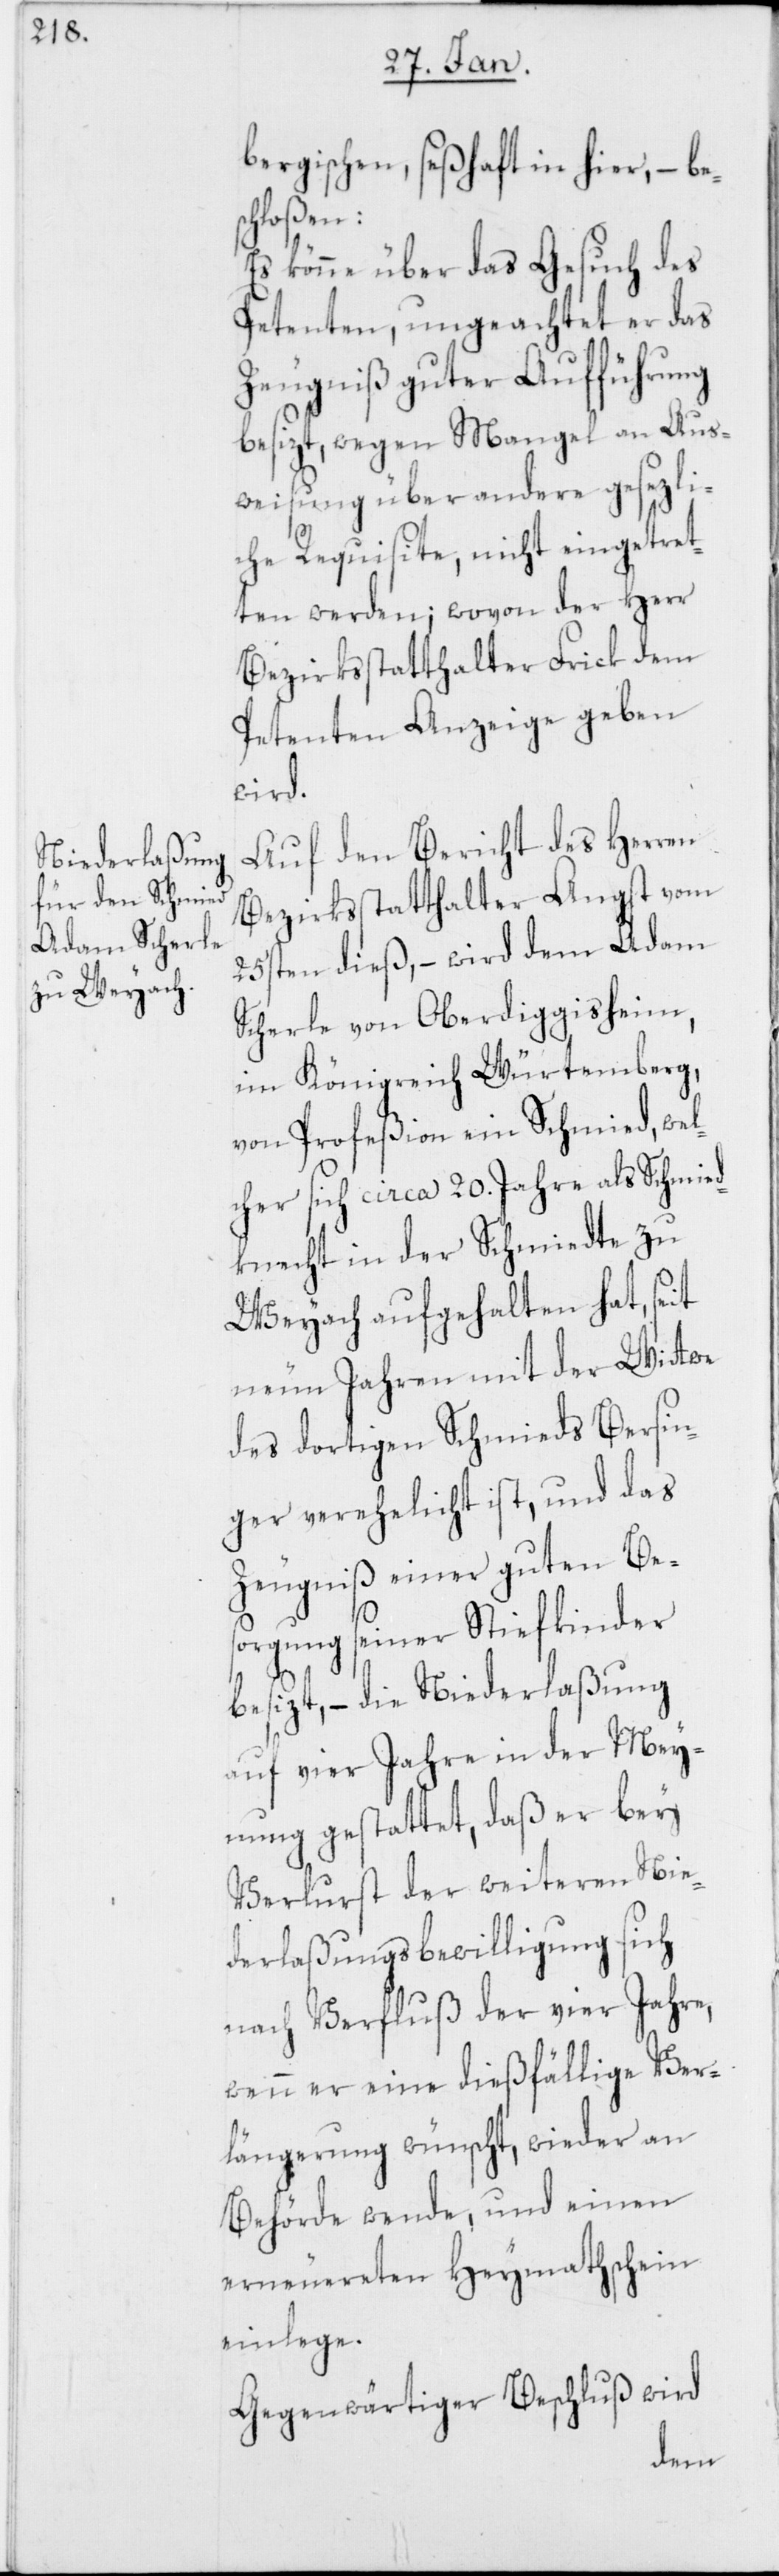
bergischen, seßhaft in hier, – be¬
schloßen:
Es könne über das Gesuch des
Petenten, ungeachtet er das
Zeugniß guter Aufführung
besizt, wegen Mangel an Aus¬
weisung über andere gesezli¬
che Requisite, nicht eingetret¬
ten werden; wovon der Herr
Bezirksstatthalter Frick dem
Petenten Anzeige geben
wird.
Auf den Bericht des Herren
Bezirksstatthalter Angst vom
25sten dieß, – wird dem Adam
Scherle von Oberdiggisheim,
im Königreich Würtemberg,
von Profeßion ein Schmied, wel¬
cher sich circa 20. Jahre als Schmied¬
knecht in der Schmiedte zu
Weyach aufgehalten hat, seit
neun Jahren mit der Wittwe
des dortigen Schmieds Bersin¬
ger verehelicht ist, und das
Zeugniß einer guten Be¬
sorgung seiner Stiefkinder
besizt, – die Niederlaßung
auf vier Jahre in der Mey¬
nung gestattet, daß er bey
Verlurst der weiteren Nie¬
derlaßungsbewilligung sich
nach Verfluß der vier Jahre,
wenn er eine dießfällige Ver¬
längerung wünscht, wieder an
Behörde wende, und einen
erneuereten Heymathschein
einlege.
Gegenwärtiger Beschluß wird